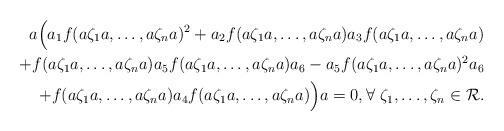
LaTeX: \begin{align*} a\Big( a_1f(a\zeta_1a,\ldots ,a\zeta_na)^2 +a_2f(a\zeta_1a,\ldots ,a\zeta_na)a_3f(a\zeta_1a,\ldots ,a\zeta_na)\\ +f(a\zeta_1a,\ldots ,a\zeta_na)a_5f(a\zeta_1a,\ldots ,a\zeta_na)a_6 -a_5f(a\zeta_1a,\ldots ,a\zeta_na)^2a_6\\ +f(a\zeta_1a,\ldots ,a\zeta_na)a_4f(a\zeta_1a,\ldots ,a\zeta_na)\Big)a =0, \forall \ \zeta_1,\ldots ,\zeta_n\in \mathcal{R}.\end{align*}